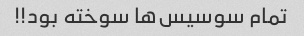
تمام سوسیس‌ها سوخته بود!!